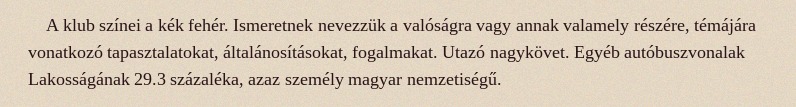
A klub színei a kék fehér. Ismeretnek nevezzük a valóságra vagy annak valamely részére, témájára vonatkozó tapasztalatokat, általánosításokat, fogalmakat. Utazó nagykövet. Egyéb autóbuszvonalak Lakosságának 29.3 százaléka, azaz személy magyar nemzetiségű.